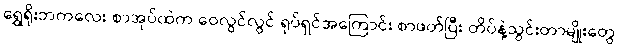
ရွှေရိုးဘကလေး စာအုပ်ထဲက ဝေလွင်လွင် ရုပ်ရှင်အကြောင်း စာဖတ်ပြီး တိပ်နဲ့သွင်းတာမျိုးတွေ